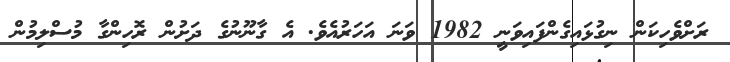
ރަށްވެހިކަން ނިގުޅައިގެންފައިވަނީ 1982 ވަނަ އަހަރުއެވެ. އެ ގާނޫނުގެ ދަށުން ރޮހިންގާ މުސްލިމުން